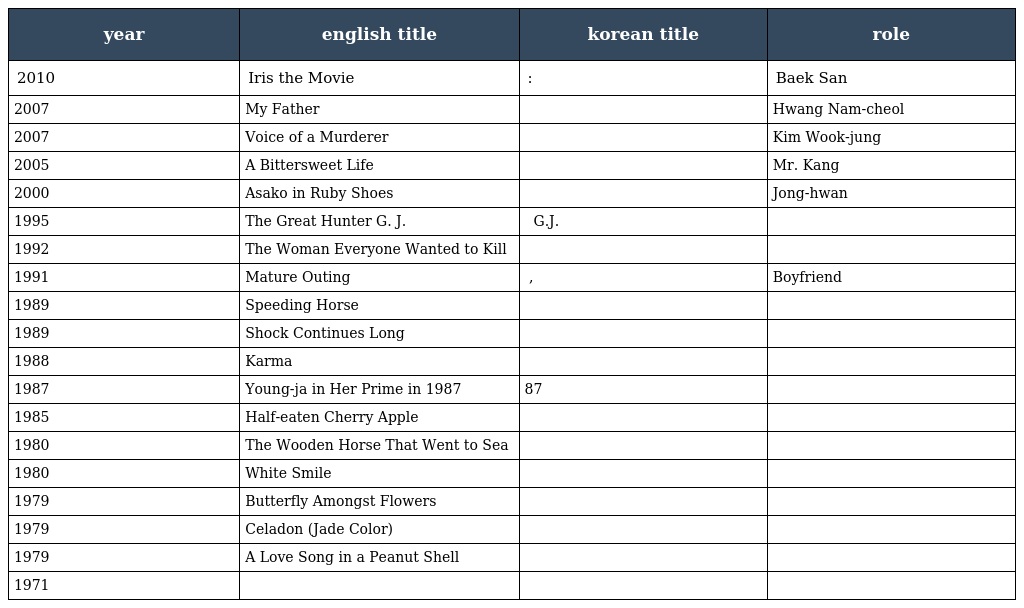
| year | english title | korean title | role |
 | --- | --- | --- | --- |
 | 2010 | Iris the Movie | 아이리스: 더 무비 | Baek San |
 | 2007 | My Father | 마이 파더 | Hwang Nam-cheol |
 | 2007 | Voice of a Murderer | 그놈 목소리 | Kim Wook-jung |
 | 2005 | A Bittersweet Life | 달콤한 인생 | Mr. Kang |
 | 2000 | Asako in Ruby Shoes | 순애보 | Jong-hwan |
 | 1995 | The Great Hunter G. J. | 위대한 헌터 G.J. |  |
 | 1992 | The Woman Everyone Wanted to Kill | 모두가 죽이고 싶었던 여자 |  |
 | 1991 | Mature Outing | 성숙한 외출, 시간과 눈물 | Boyfriend |
 | 1989 | Speeding Horse | 달아난 말 |  |
 | 1989 | Shock Continues Long | 그후로도 오랫동안 |  |
 | 1988 | Karma | 업 |  |
 | 1987 | Young-ja in Her Prime in 1987 | 87 영자의 전성시대 |  |
 | 1985 | Half-eaten Cherry Apple | 먹다버린 능금 |  |
 | 1980 | The Wooden Horse That Went to Sea | 바다로 간 목마 |  |
 | 1980 | White Smile | 하얀 미소 |  |
 | 1979 | Butterfly Amongst Flowers |  |  |
 | 1979 | Celadon (Jade Color) | 비색 |  |
 | 1979 | A Love Song in a Peanut Shell | 땅콩껍질 속의 연가 |  |
 | 1971 |  | 인기유학생 |  |